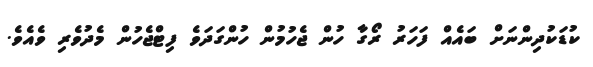
ކުޑަކުދިންނަށް ބައެއް ފަހަރު ރޯގާ ހުން ޖެހުމުން ހުންގަދަވެ ފިޓްޖެހުން މެދުވެރި ވެއެވެ.